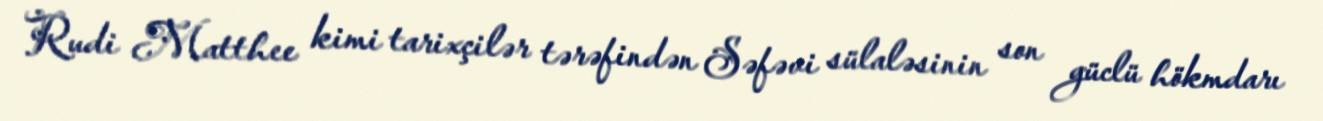
Rudi Matthee kimi tarixçilər tərəfindən Səfəvi sülaləsinin son güclü hökmdarı